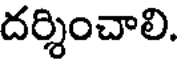
దర్శించాలి.